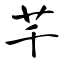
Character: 芊